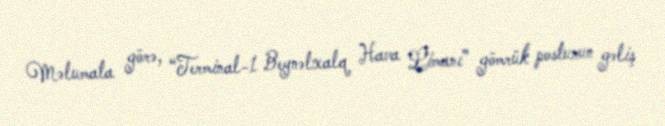
Məlumata görə, “Terminal-1 Beynəlxalq Hava Limanı” gömrük postunun gəliş